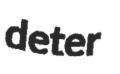
deter